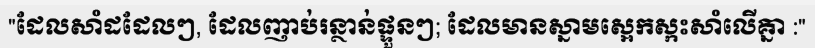
"ដែលសាំដដែលៗ, ដែលញាប់រន្ថាន់ផ្ទួនៗ; ដែលមានស្នាមស្អេកស្កះសាំលើគ្នា :"